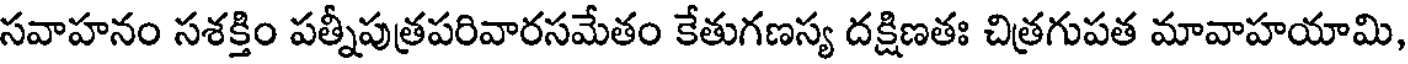
సవాహనం సశక్తిం పత్నీపుత్రపరివారసమేతం కేతుగణస్య దక్షిణతః చిత్రగుపత మావాహయామి,